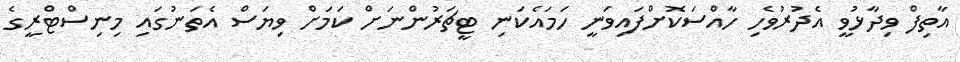
އާތިފް ވިދާޅުވީ އެދުރުވެހި ހާއްސަކޮށްފައިވަނީ ހަމައެކަނި ޓީޗަރުންނަށް ކަމަށް ވިޔަސް އެތަނުގައި މިނިސްޓްރީގެ